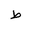
Letter: _da